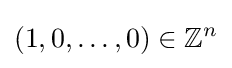
(1,0,\dots ,0)\in \mathbb {Z} ^{n}